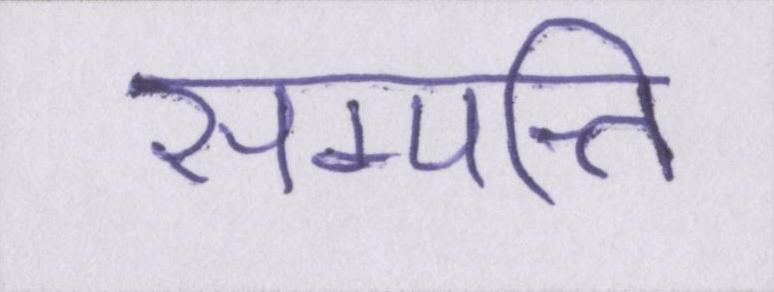
सम्पत्ति